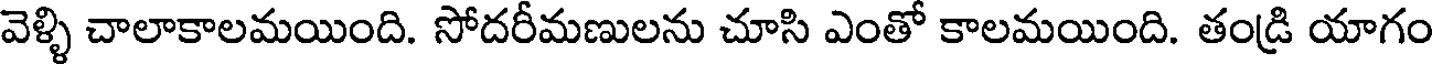
వెళ్ళి చాలాకాలమయింది. సోదరీమణులను చూసి ఎంతో కాలమయింది. తండ్రి యాగం